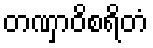
တဏှာဝိစရိတံ